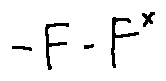
- F - F ^ { x }